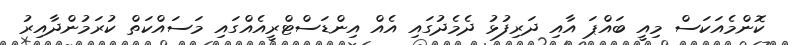
ކޮންމެއަކަސް މިއީ ބައްޕަ އާއި ދަރިފުޅު ދެމެދުގައި އެއް އިންޑަސްޓްރީއެއްގައި މަސައްކަތް ކުރަމުންދާއިރު